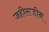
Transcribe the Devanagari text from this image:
जहीरूद्दीन